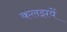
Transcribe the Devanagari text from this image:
कलझवें